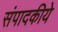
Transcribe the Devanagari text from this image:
संपादकीये